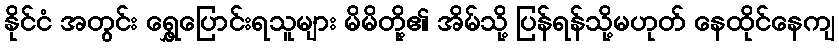
နိုင်ငံ အတွင်း ရွှေ့ပြောင်းရသူများ မိမိတို့၏ အိမ်သို့ ပြန်ရန်သို့မဟုတ် နေထိုင်နေကျ